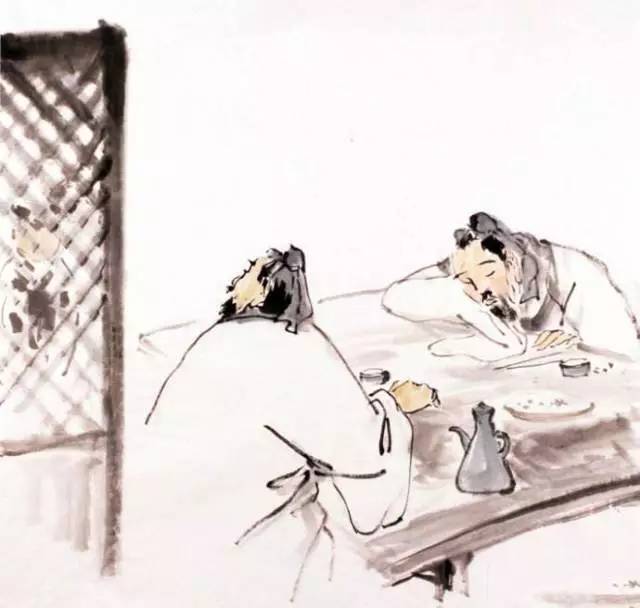
酒极则乱，乐极则悲。